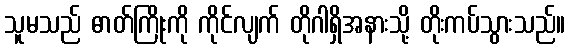
သူမသည် ဓာတ်ကြိုးကို ကိုင်လျက် တိုဂါရှိအနားသို့ တိုးကပ်သွားသည်။